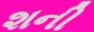
શની